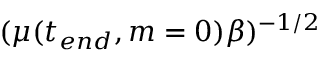
( \mu ( t _ { e n d } , m = 0 ) \beta ) ^ { - 1 / 2 }